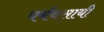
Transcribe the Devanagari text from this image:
पर्यवसायी